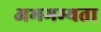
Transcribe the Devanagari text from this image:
अभगम्यता